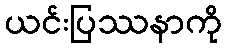
ယင်းပြဿနာကို